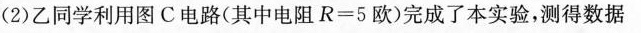
(2)乙同学利用图C电路(其中电阻$$R=5$$欧)完成了本实验，测得数据